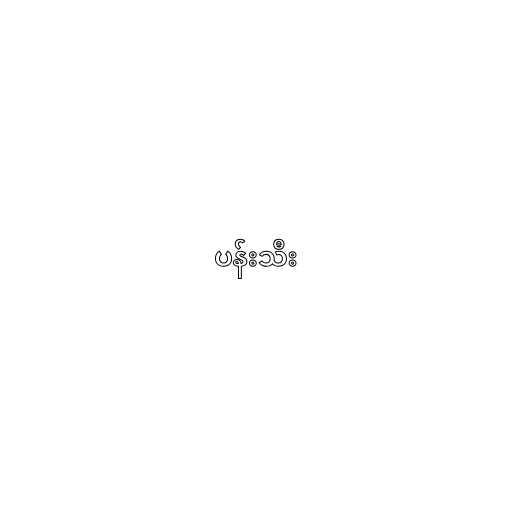
ပန်းသီး